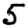
Digit: 5